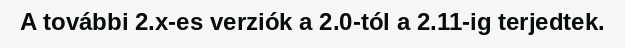
A további 2.x-es verziók a 2.0-tól a 2.11-ig terjedtek.